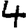
Digit: 4